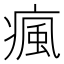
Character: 瘋